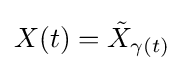
X(t)={\tilde {X}}_{\gamma (t)}